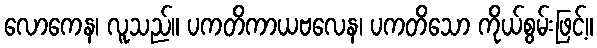
လောကေန၊ လူသည်။ ပကတိကာယဗလေန၊ ပကတိသော ကိုယ်စွမ်းဖြင့်။